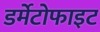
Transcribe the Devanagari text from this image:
डर्मेटोफाइट